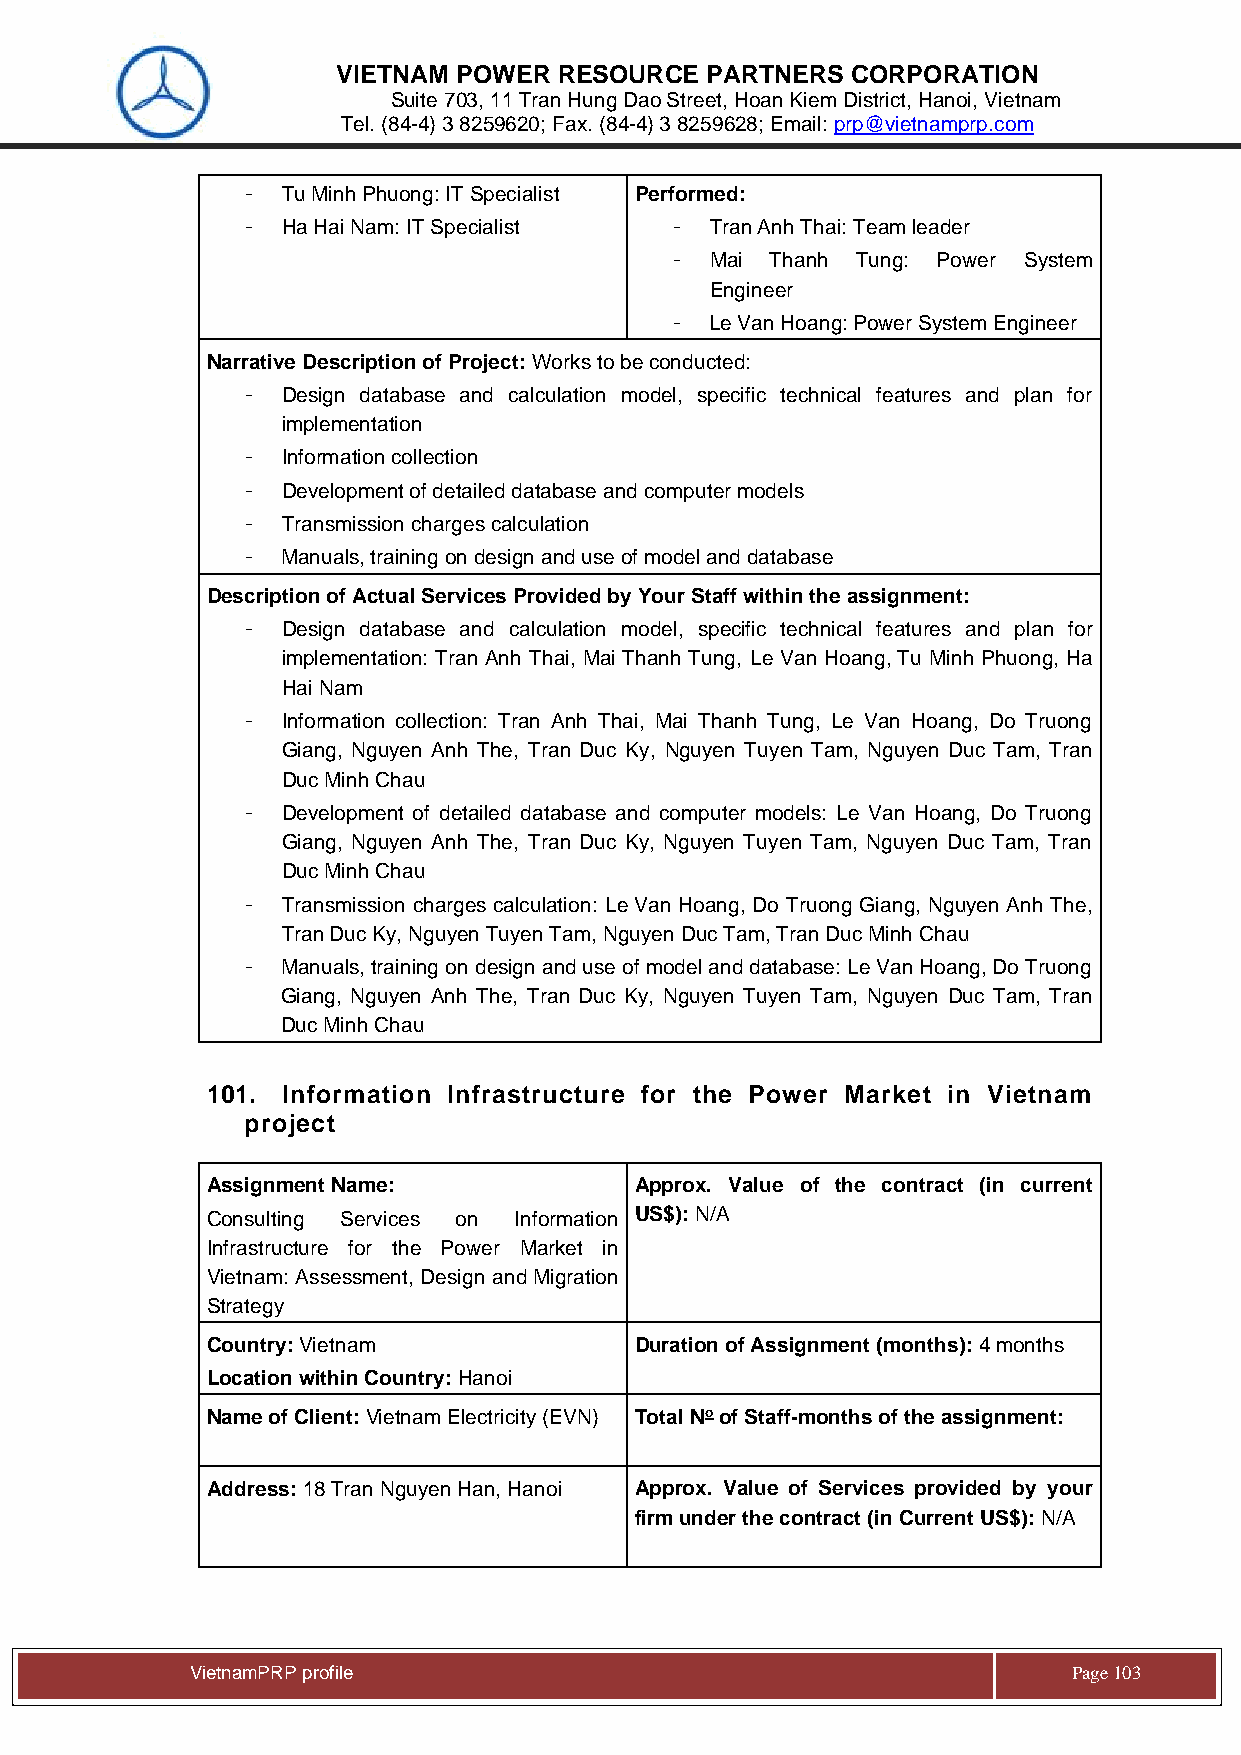
VIETNAM POWER  RESOURCE  PARTNERS CORPORATION
 Suite 703, 11 Tran Hung Dao Street, Hoan Kiem District, Hanoi, Vietnam
 Tel. (84-4) 3 8259620; Fax. (84-4) 3 8259628; Email: prp@vietnamprp.com
 -  Tu Minh Phuong: IT Specialist Performed:
 -  Ha Hai Nam: IT Specialist - Tran Anh Thai: Team leader
 -  Mai Thanh Tung: Power System
 Engineer
 -  Le Van Hoang: Power System Engineer
 Narrative Description of Project: Works to be conducted:
 -  Design database and calculation model, specific technical features and plan for
 implementation
 -  Information collection
 -  Development of detailed database and computer models
 -  Transmission charges calculation
 -  Manuals, training on design and use of model and database
 Description of Actual Services Provided by Your Staff within the assignment:
 -  Design database and calculation model, specific technical features and plan for
 implementation: Tran Anh Thai, Mai Thanh Tung, Le Van Hoang, Tu Minh Phuong, Ha
 Hai Nam
 -  Information collection: Tran Anh Thai, Mai Thanh Tung, Le Van Hoang, Do Truong
 Giang, Nguyen Anh The, Tran Duc Ky, Nguyen Tuyen Tam, Nguyen Duc Tam, Tran
 Duc Minh Chau
 -  Development of detailed database and computer models: Le Van Hoang, Do Truong
 Giang, Nguyen Anh The, Tran Duc Ky, Nguyen Tuyen Tam, Nguyen Duc Tam, Tran
 Duc Minh Chau
 -  Transmission charges calculation: Le Van Hoang, Do Truong Giang, Nguyen Anh The,
 Tran Duc Ky, Nguyen Tuyen Tam, Nguyen Duc Tam, Tran Duc Minh Chau
 -  Manuals, training on design and use of model and database: Le Van Hoang, Do Truong
 Giang, Nguyen Anh The, Tran Duc Ky, Nguyen Tuyen Tam, Nguyen Duc Tam, Tran
 Duc Minh Chau
 101. Information Infrastructure for the Power Market in Vietnam
 project
 Assignment Name:            Approx. Value of the contract (in current
 Consulting Services on Information US$): N/A
 Infrastructure for the Power Market in
 Vietnam: Assessment, Design and Migration
 Strategy
 Country: Vietnam            Duration of Assignment (months): 4 months
 Location within Country: Hanoi
 Name of Client: Vietnam Electricity (EVN) Total No of Staff-months of the assignment:
 Address: 18 Tran Nguyen Han, Hanoi Approx. Value of Services provided by your
 firm under the contract (in Current US$): N/A
 Vie tnamPRP profile                                       Page 103